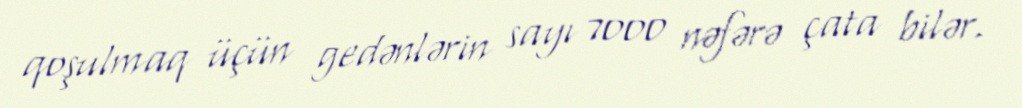
qoşulmaq üçün gedənlərin sayı 7000 nəfərə çata bilər.